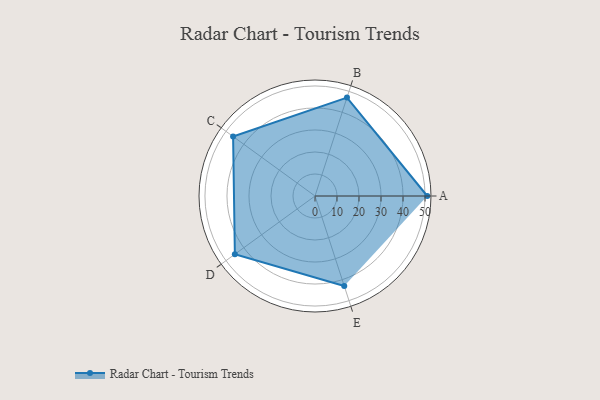
{"axis": {"x": "Skill", "y": "Score"}, "legend": ["Profile"], "data": [{"x": "A", "y": 51.0, "type": "Profile"}, {"x": "B", "y": 47.0, "type": "Profile"}, {"x": "C", "y": 46.0, "type": "Profile"}, {"x": "D", "y": 45.0, "type": "Profile"}, {"x": "E", "y": 43.0, "type": "Profile"}]}